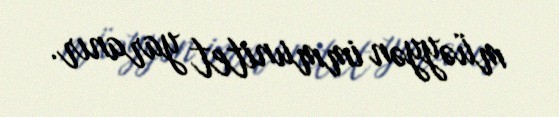
müəyyən immunitet yaranır.